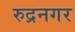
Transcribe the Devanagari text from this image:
रुद्रनगर